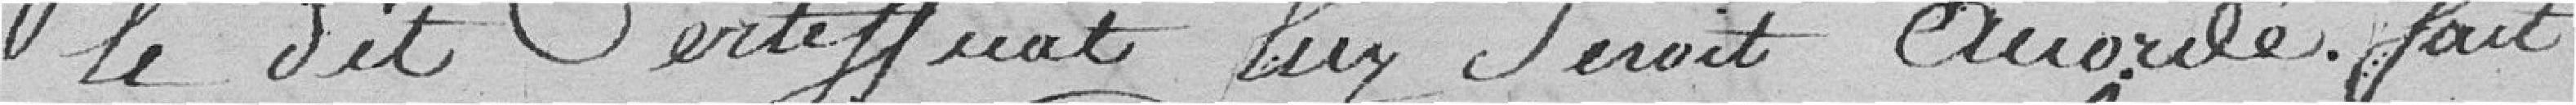
le dit certificat lui serait ??? fait